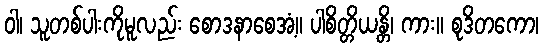
ဝါ၊ သူတစ်ပါးကိုမူလည်း စောဒနာစေအံ့။ ပါစိတ္တိယန္တိ၊ ကား။ စုဒိတကော၊